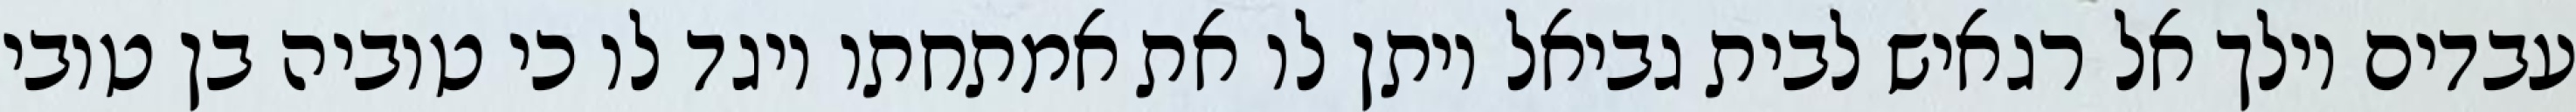
עבדים וילך אל רגאיש לבית גביאל ויתן לו את אמתחתו ויגד לו כי טוביה בן טובי